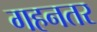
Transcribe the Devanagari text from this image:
गहनतर